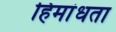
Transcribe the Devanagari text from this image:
हिमांधता